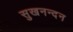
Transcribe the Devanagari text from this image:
सुखनन्दन